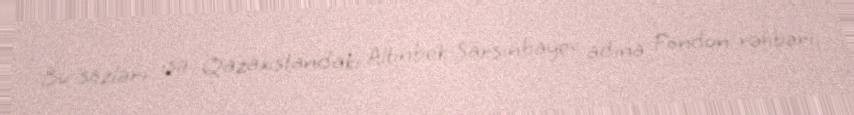
Bu sözləri isə Qazaxıstandakı Altınbek Sarsınbayev adına Fondun rəhbəri,